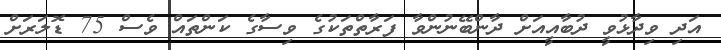
އަދި ވިދާޅުވީ ދުބާއީއަށް ދާންބޭނުންވާ ފަރާތްތަކުގެ ވިސާގެ ކަންތައް ވެސް 75 ޑޮލަރަށް